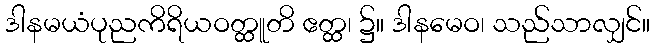
ဒါနမယံပုညကိရိယဝတ္ထူတိ ဧတ္ထ၊ ၌။ ဒါနမေဝ၊ သည်သာလျှင်။